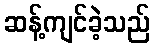
ဆန့်ကျင်ခဲ့သည်